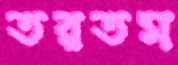
তরতম